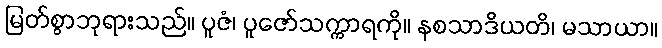
မြတ်စွာဘုရားသည်။ ပူဇံ၊ ပူဇော်သက္ကာရကို။ နစသာဒိယတိ၊ မသာယာ။